Document type: Emphyteutic lease
Year: 1281
Scribe: Pere Marquès
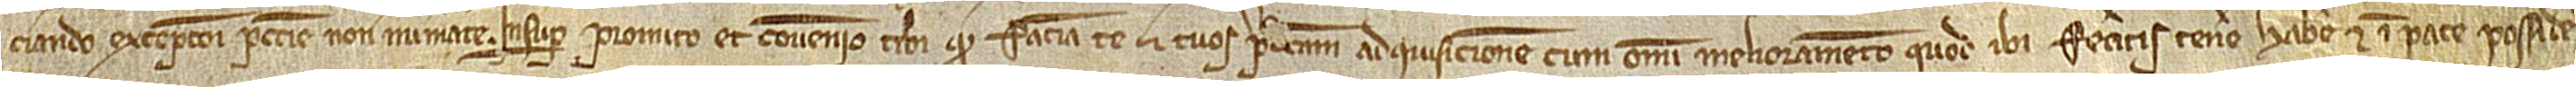
ciando excepcioni peccunie non numerate. Insuper promito et convenio tibi quod faciam te et tuos predictam adquisicionem cum omni melioramento quod ibi feceritis tenere, habere et in pace possidere